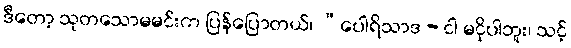
ဒီတော့ သုတသောမမင်းက ပြန်ပြောတယ်၊ “ပေါရိသာဒ - ငါ မငိုပါဘူး၊ သင့်